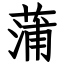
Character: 蒲